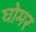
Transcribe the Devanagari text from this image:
घोमर